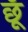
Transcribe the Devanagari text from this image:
छूँ